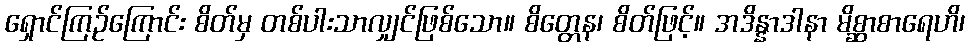
ရှောင်ကြဉ်ကြောင်း စိတ်မှ တစ်ပါးသာလျှင်ဖြစ်သော။ စိတ္တေန၊ စိတ်ဖြင့်။ အဒိန္နာဒါနာ မိစ္ဆာစာရေဟိ၊